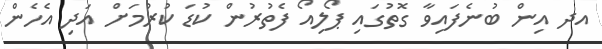
އދ އިން ބުނެފައިވާ ގޮތުގައި ޕޯލިއޯ ފެތުރުން ކުޑަ ކުރުމަށް އަދި އެހެން